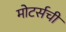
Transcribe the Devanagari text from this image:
मोटर्सची